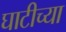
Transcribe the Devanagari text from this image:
घाटीच्या